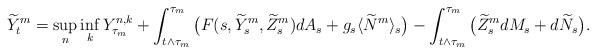
LaTeX: \begin{align*}\widetilde{Y}^m_t =\sup_n\inf_k Y_{\tau_m}^{n, k} + \int_{t\wedge \tau_m}^{\tau_m} \big(F(s,\widetilde{Y}^m_s, \widetilde{Z}^m_s ) dA_s + g_s \langle \widetilde{N}^m \rangle_s \big) -\int_{t\wedge \tau_m}^{\tau_m} \big(\widetilde{Z}_s^m dM_s + d\widetilde{N}_s \big). \end{align*}